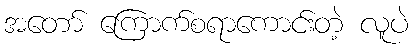
အတော် ကြောက်စရာကောင်းတဲ့ လူပဲ